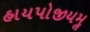
હાયપોજીયમૢ